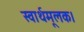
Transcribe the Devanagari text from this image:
स्वार्थमूलक।